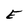
Character: E